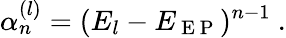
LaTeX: \alpha_{n}^{(l)}=(E_{l}-E_{\mathrm{~E~P~}})^{n-1}\ .